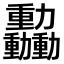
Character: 𫦿